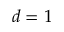
d = 1